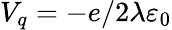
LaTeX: V_{q}=-e/2\lambda\varepsilon_{0}